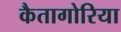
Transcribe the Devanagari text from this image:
कैतागोरिया